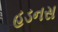
હડનસ